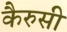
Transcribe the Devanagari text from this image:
कैरुसी